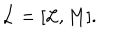
LaTeX: \dot { { \cal L } } = [ { \cal L } , M ] .